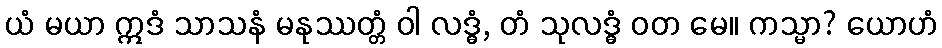
ယံ မယာ ဣဒံ သာသနံ မနုဿတ္တံ ဝါ လဒ္ဓံ, တံ သုလဒ္ဓံ ဝတ မေ။ ကသ္မာ? ယောဟံ